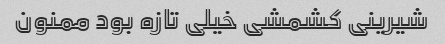
شیرینی کشمشی خیلی تازه بود ممنون